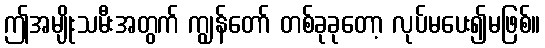
ဤအမျိုးသမီးအတွက် ကျွန်တော် တစ်ခုခုတော့ လုပ်မပေး၍မဖြစ်။